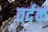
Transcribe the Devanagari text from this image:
वर्दक